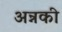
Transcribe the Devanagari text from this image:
अन्नकी